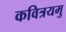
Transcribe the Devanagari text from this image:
कवित्रयमु